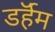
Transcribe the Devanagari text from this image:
डर्हॅम